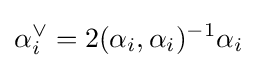
\alpha _{i}^{\vee }=2(\alpha _{i},\alpha _{i})^{-1}\alpha _{i}